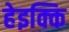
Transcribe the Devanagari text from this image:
हेइक्कि